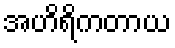
အဟိရိကတာယ